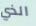
الذي